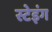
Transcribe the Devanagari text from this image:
स्टेइंग